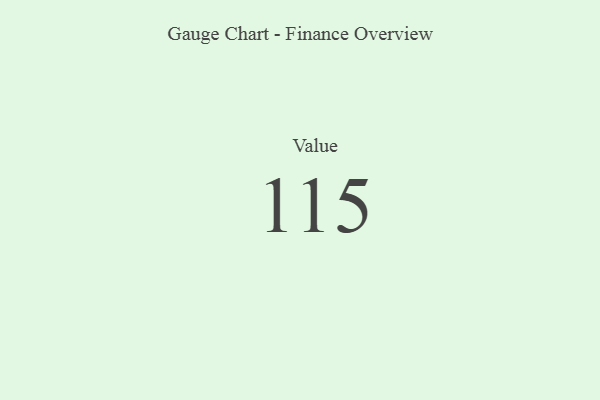
{"axis": {"x": "Metric", "y": "Value"}, "legend": [""], "data": [{"x": "Value", "y": 115, "type": ""}]}